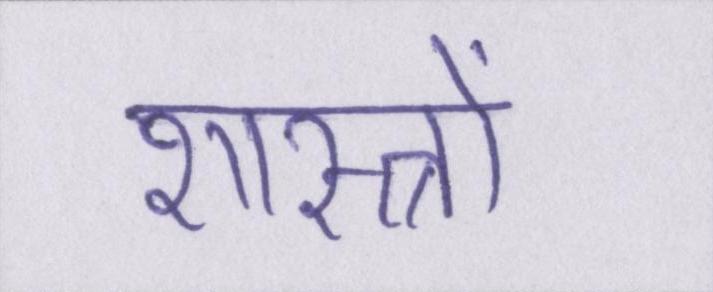
शास्त्रों